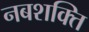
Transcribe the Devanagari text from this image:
नबशक्ति